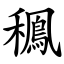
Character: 䆇